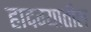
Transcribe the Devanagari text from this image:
हादग्यातील